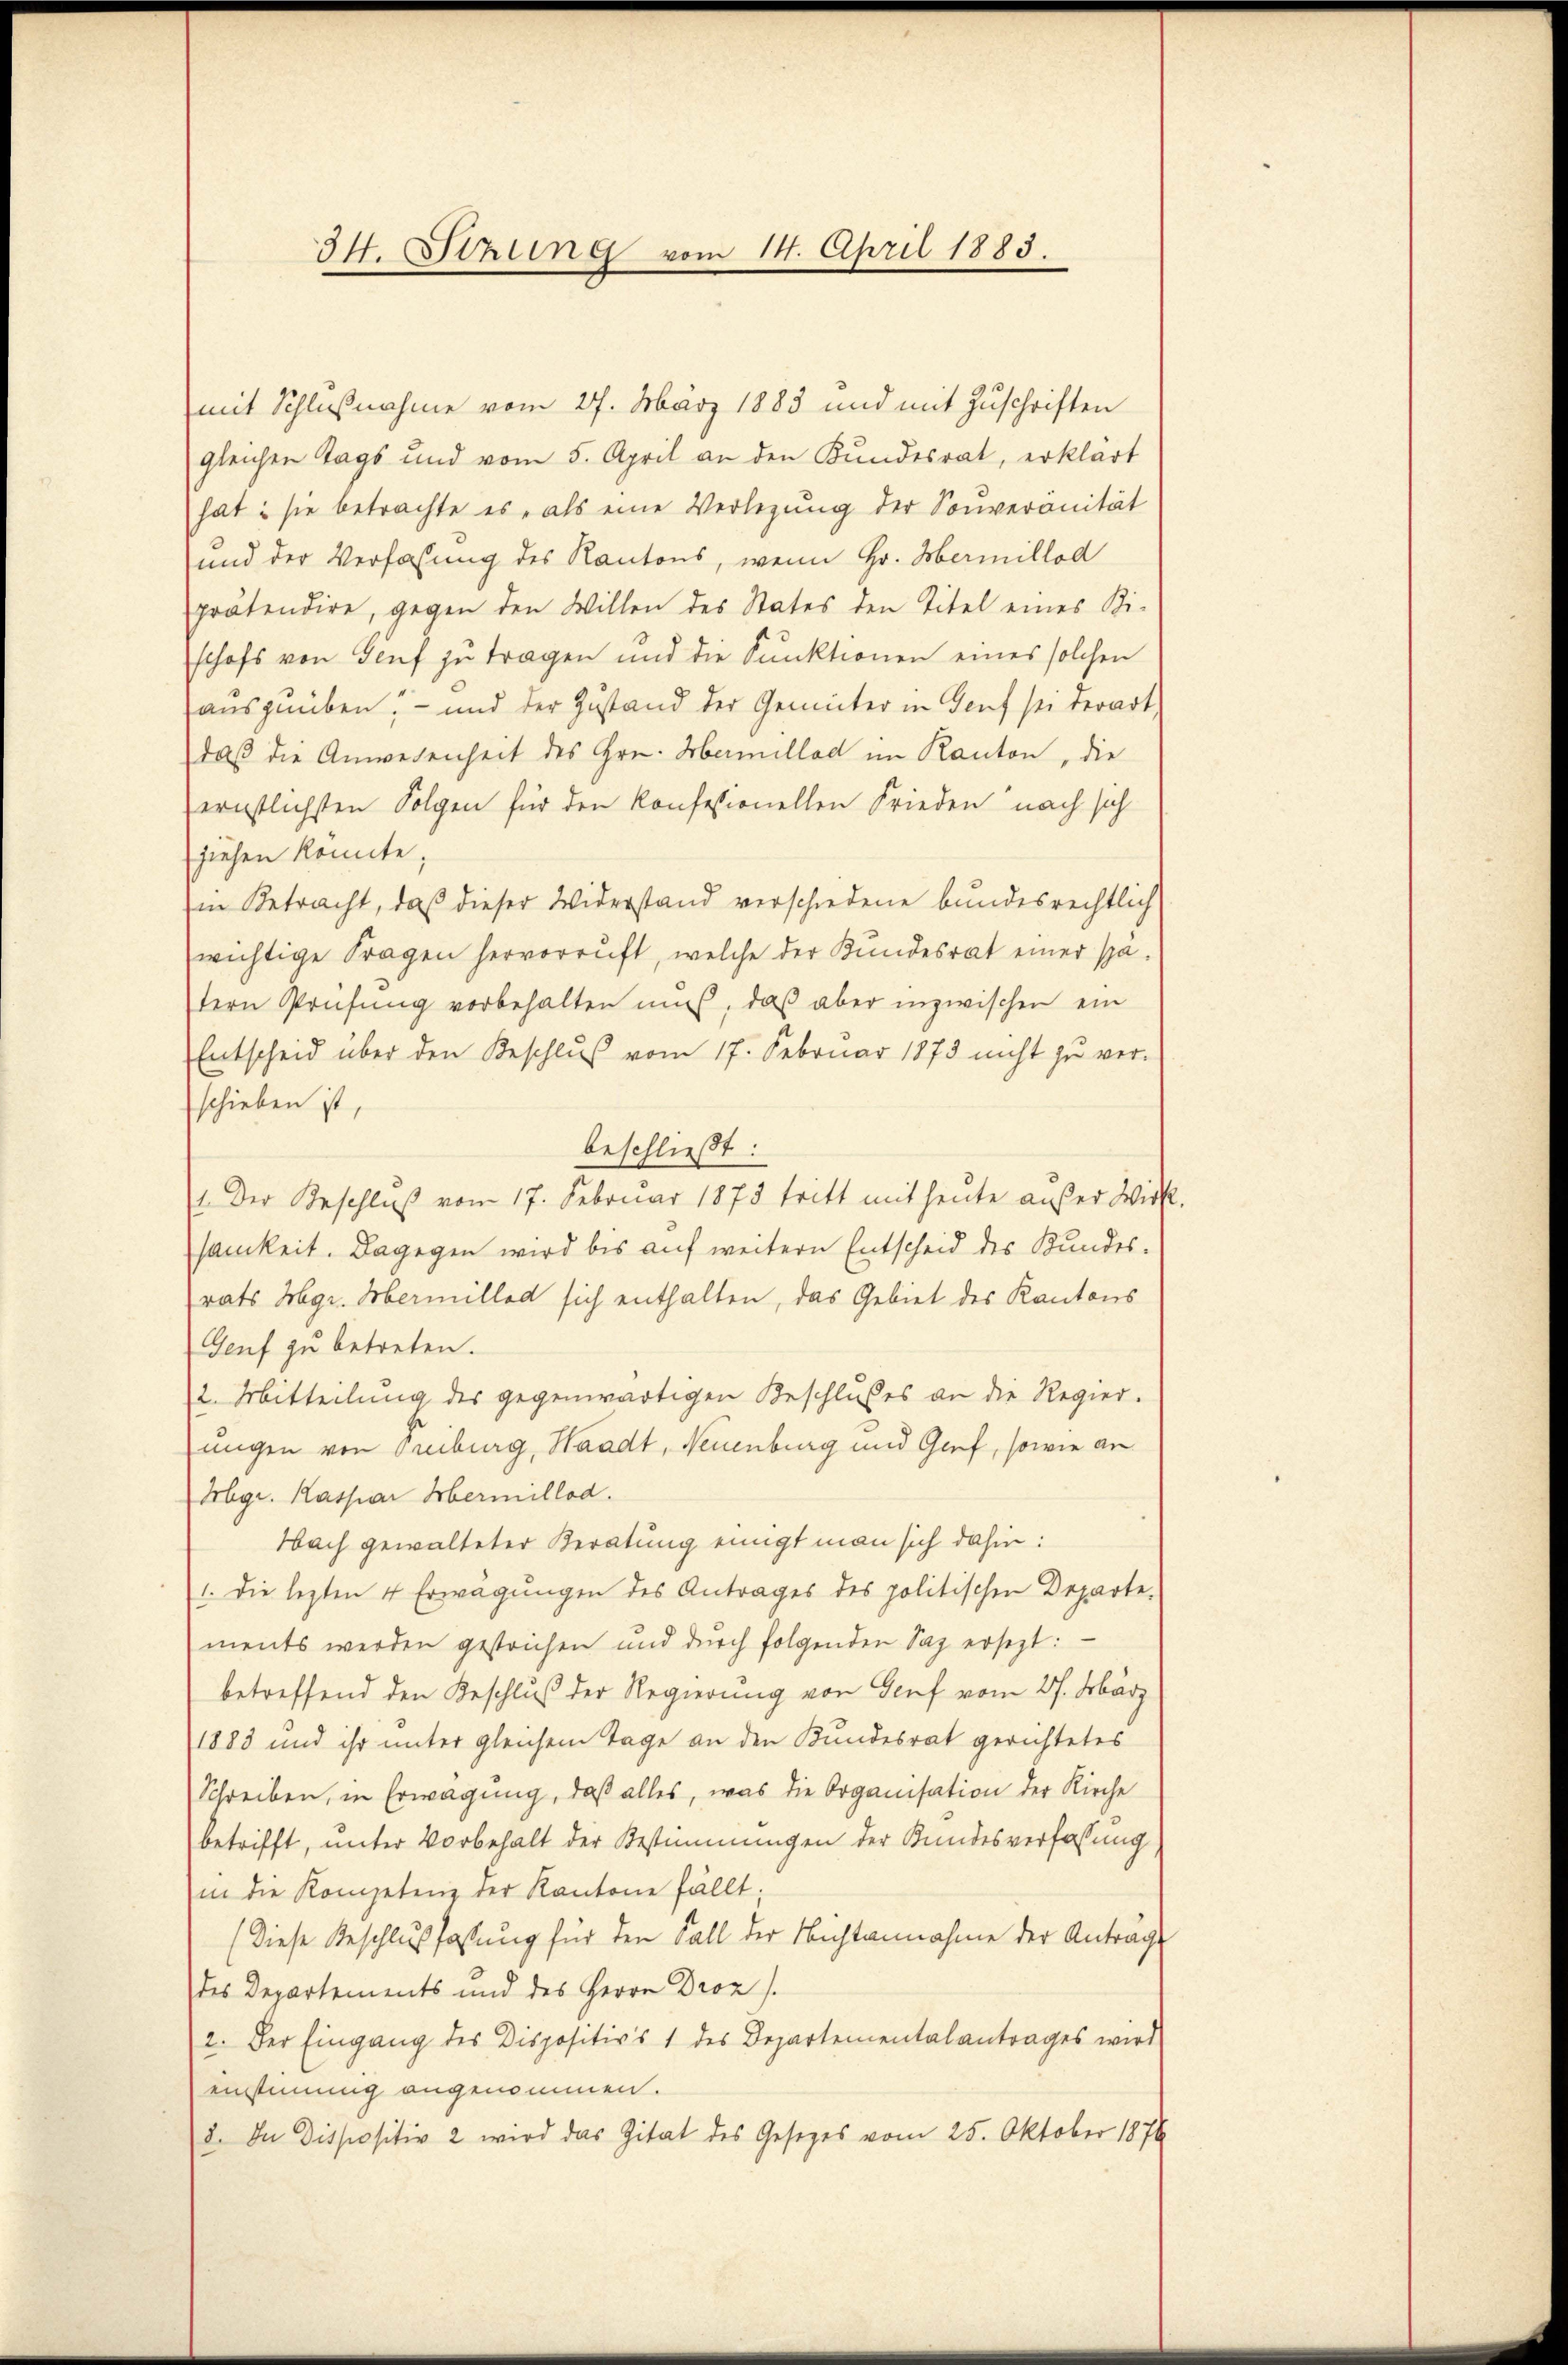
34. Stzung vom 14. April 1883.

mit Schlußnahme vom 27. März 1883 und mit Zuschriften
gleichen Tags und vom 5. April an den Kundesrat, erklärt
hat: sie betrachte es als eine Verlegŭng der Souveränität
und der Verfassung des Kantons, wenn Hr. Hermillod
prätendire, gegen den Willen des States den Titel eines Ki-
schofs von Genf zu tragen und die Punktionen eines solchen
auszuüben, – und der Zustand der Gemüter in Genf sei derart,
daß die Anwesenheit des Hrn. Hamillad im Kanton, die
ernstlichsten Folgen für den konfessionellen Frieden nach sich
ziehen könnte;
Im Betracht, daß dieser Widerstand verschiedene bundesrechtlich
wichtige Fragen hervorruft, welche der Kundesrat einer spatern Prüfŭng vorbehalten muß, daß aber inzwischen ein
Entscheid über den Beschluß vom 17. Februar 1873 nicht zu ver-
schieben ist,
beschließt:
1. Der Beschluß vom 17. Februar 1873 tritt mit heute außer Wirk
samkeit. Dagegen wird bis auf weitern Entscheid des Bundesrats Hgr. Hermillod sich enthalten, das Gebiet des Kantons
Genf zu betreten.
2. Mitteilung des gegenwärtigen Beschlußes an die Regier.
ungen von Freiburg, Waadt, Neuenburg und Genf, sowie an
Hbgr. Kaspar Hermillod.
Nach gewalteter Beratung einigt man sich dahin:
1. Die lezten 4 Erwägungen des Antrages des politischen Departe-
ments werden gestrichen und dŭrch folgenden Saz ersezt:
betreffend den Beschluß der Regierung von Genf vom 27. März
1883 und ihr unter gleichem Tage an den Bundesrat gerichtetes
Schreiben, in Erwägung, daß alles, was die Organisation der Kirche
betrifft, unter Vorbehalt der Bestimmungen der Bundesverfassung
in die Kompetenz der Kantone fällt.
(Diese Beschlußfassung für den Fall der Nichtannahme der Anträge
des Departements und des Herrn Droz.
2. Der Eingang des Dispositivs 1 des Departementalantrages wird
einstimmig angenommen.
2. In Dispositiv 2 wird das Zitat des Gesezes vom 25. Oktober 1876